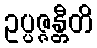
ဥပ္ပဇ္ဇန္တီတိ